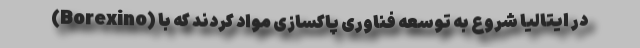
(Borexino) در ایتالیا شروع به توسعه فناوری پاکسازی مواد کردند که با